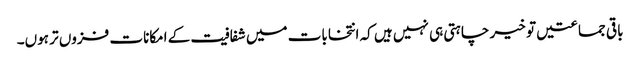
باقی جماعتیں تو خیر چاہتی ہی نہیں ہیں کہ انتخابات میں شفافیت کے امکانات فزوں تر ہوں۔